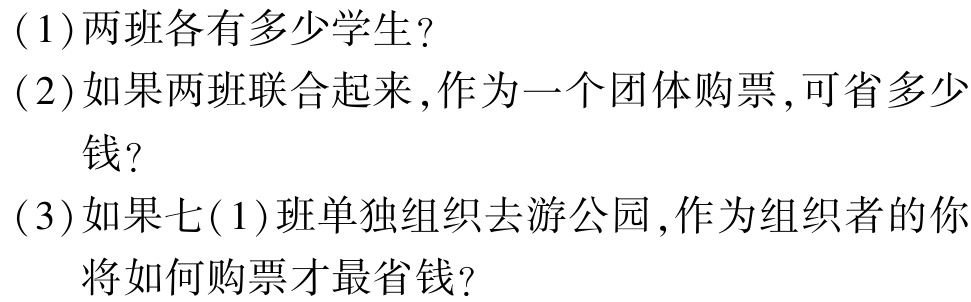
(1)两班各有多少学生？

(2)如果两班联合起来，作为一个团体购票，可省多少钱？

(3)如果七(1)班单独组织去游公园，作为组织者的你将如何购票才最省钱？